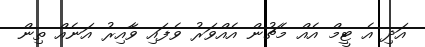
އަދި އެ ޓީމް އެއް މެޗުން އެއްވަރު ވެފައި ވާއިރު އަނެއް ތިން